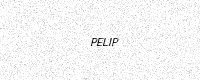
Text: PELIP